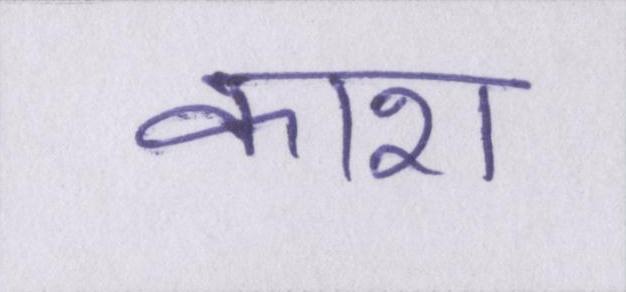
काश